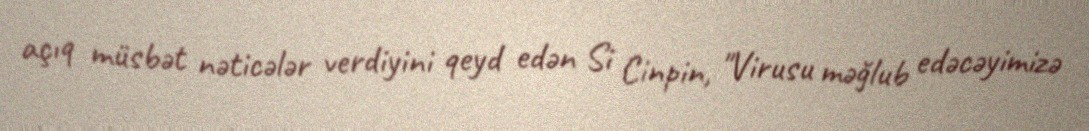
açıq müsbət nəticələr verdiyini qeyd edən Si Cinpin, "Virusu məğlub edəcəyimizə